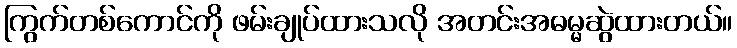
ကြွက်တစ်ကောင်ကို ဖမ်းချုပ်ထားသလို အတင်းအဓမ္မဆွဲထားတယ်။